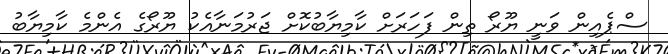
ސްޕެއިން ވަނީ ޔޫރޯ ތިން ފަހަރަށް ކާމިޔާބުކޮށް ޖަރުމަނާއެކު ޔޫރޯގެ އެންމެ ކާމިޔާބު